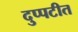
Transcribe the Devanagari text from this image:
दुप्पटीत